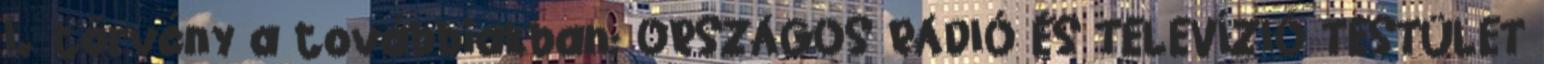
I. törvény a továbbiakban: ORSZÁGOS RÁDIÓ ÉS TELEVÍZIÓ TESTÜLET